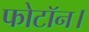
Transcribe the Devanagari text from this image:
फोटॉन।